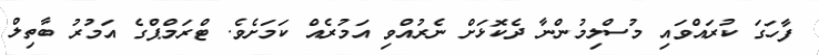
ފާހަގަ ކުރައްވައި މުސްލިމުންނާ ދެކޮޅަށް ނެރުއްވި އަމުރެއް ކަމަށެވެ. ޓްރަމްޕްގެ އަމުރު ބާތިލް